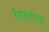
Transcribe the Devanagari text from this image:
दिन्होता